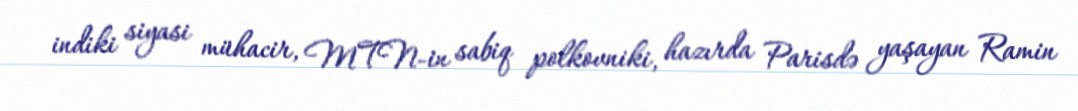
indiki siyasi mühacir, MTN-in sabiq polkovniki, hazırda Parisdə yaşayan Ramin